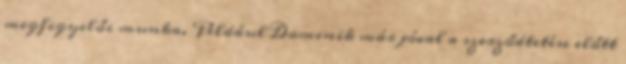
megfigyelői munka. Például Dominik már jóval a szerződtetése előtt